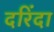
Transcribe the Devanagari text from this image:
दरिंदा